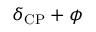
\delta _ { \mathrm { C P } } + \phi